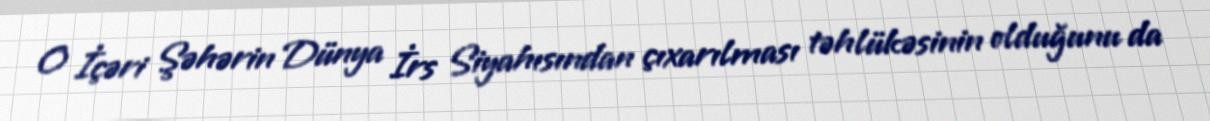
O İçəri Şəhərin Dünya İrs Siyahısından çıxarılması təhlükəsinin olduğunu da